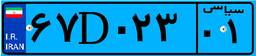
۲۹D۲۲۵۸۱